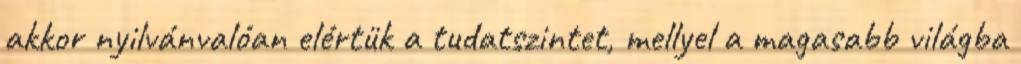
akkor nyilvánvalóan elértük a tudatszintet, mellyel a magasabb világba